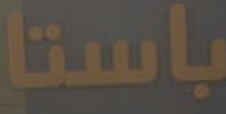
باستا